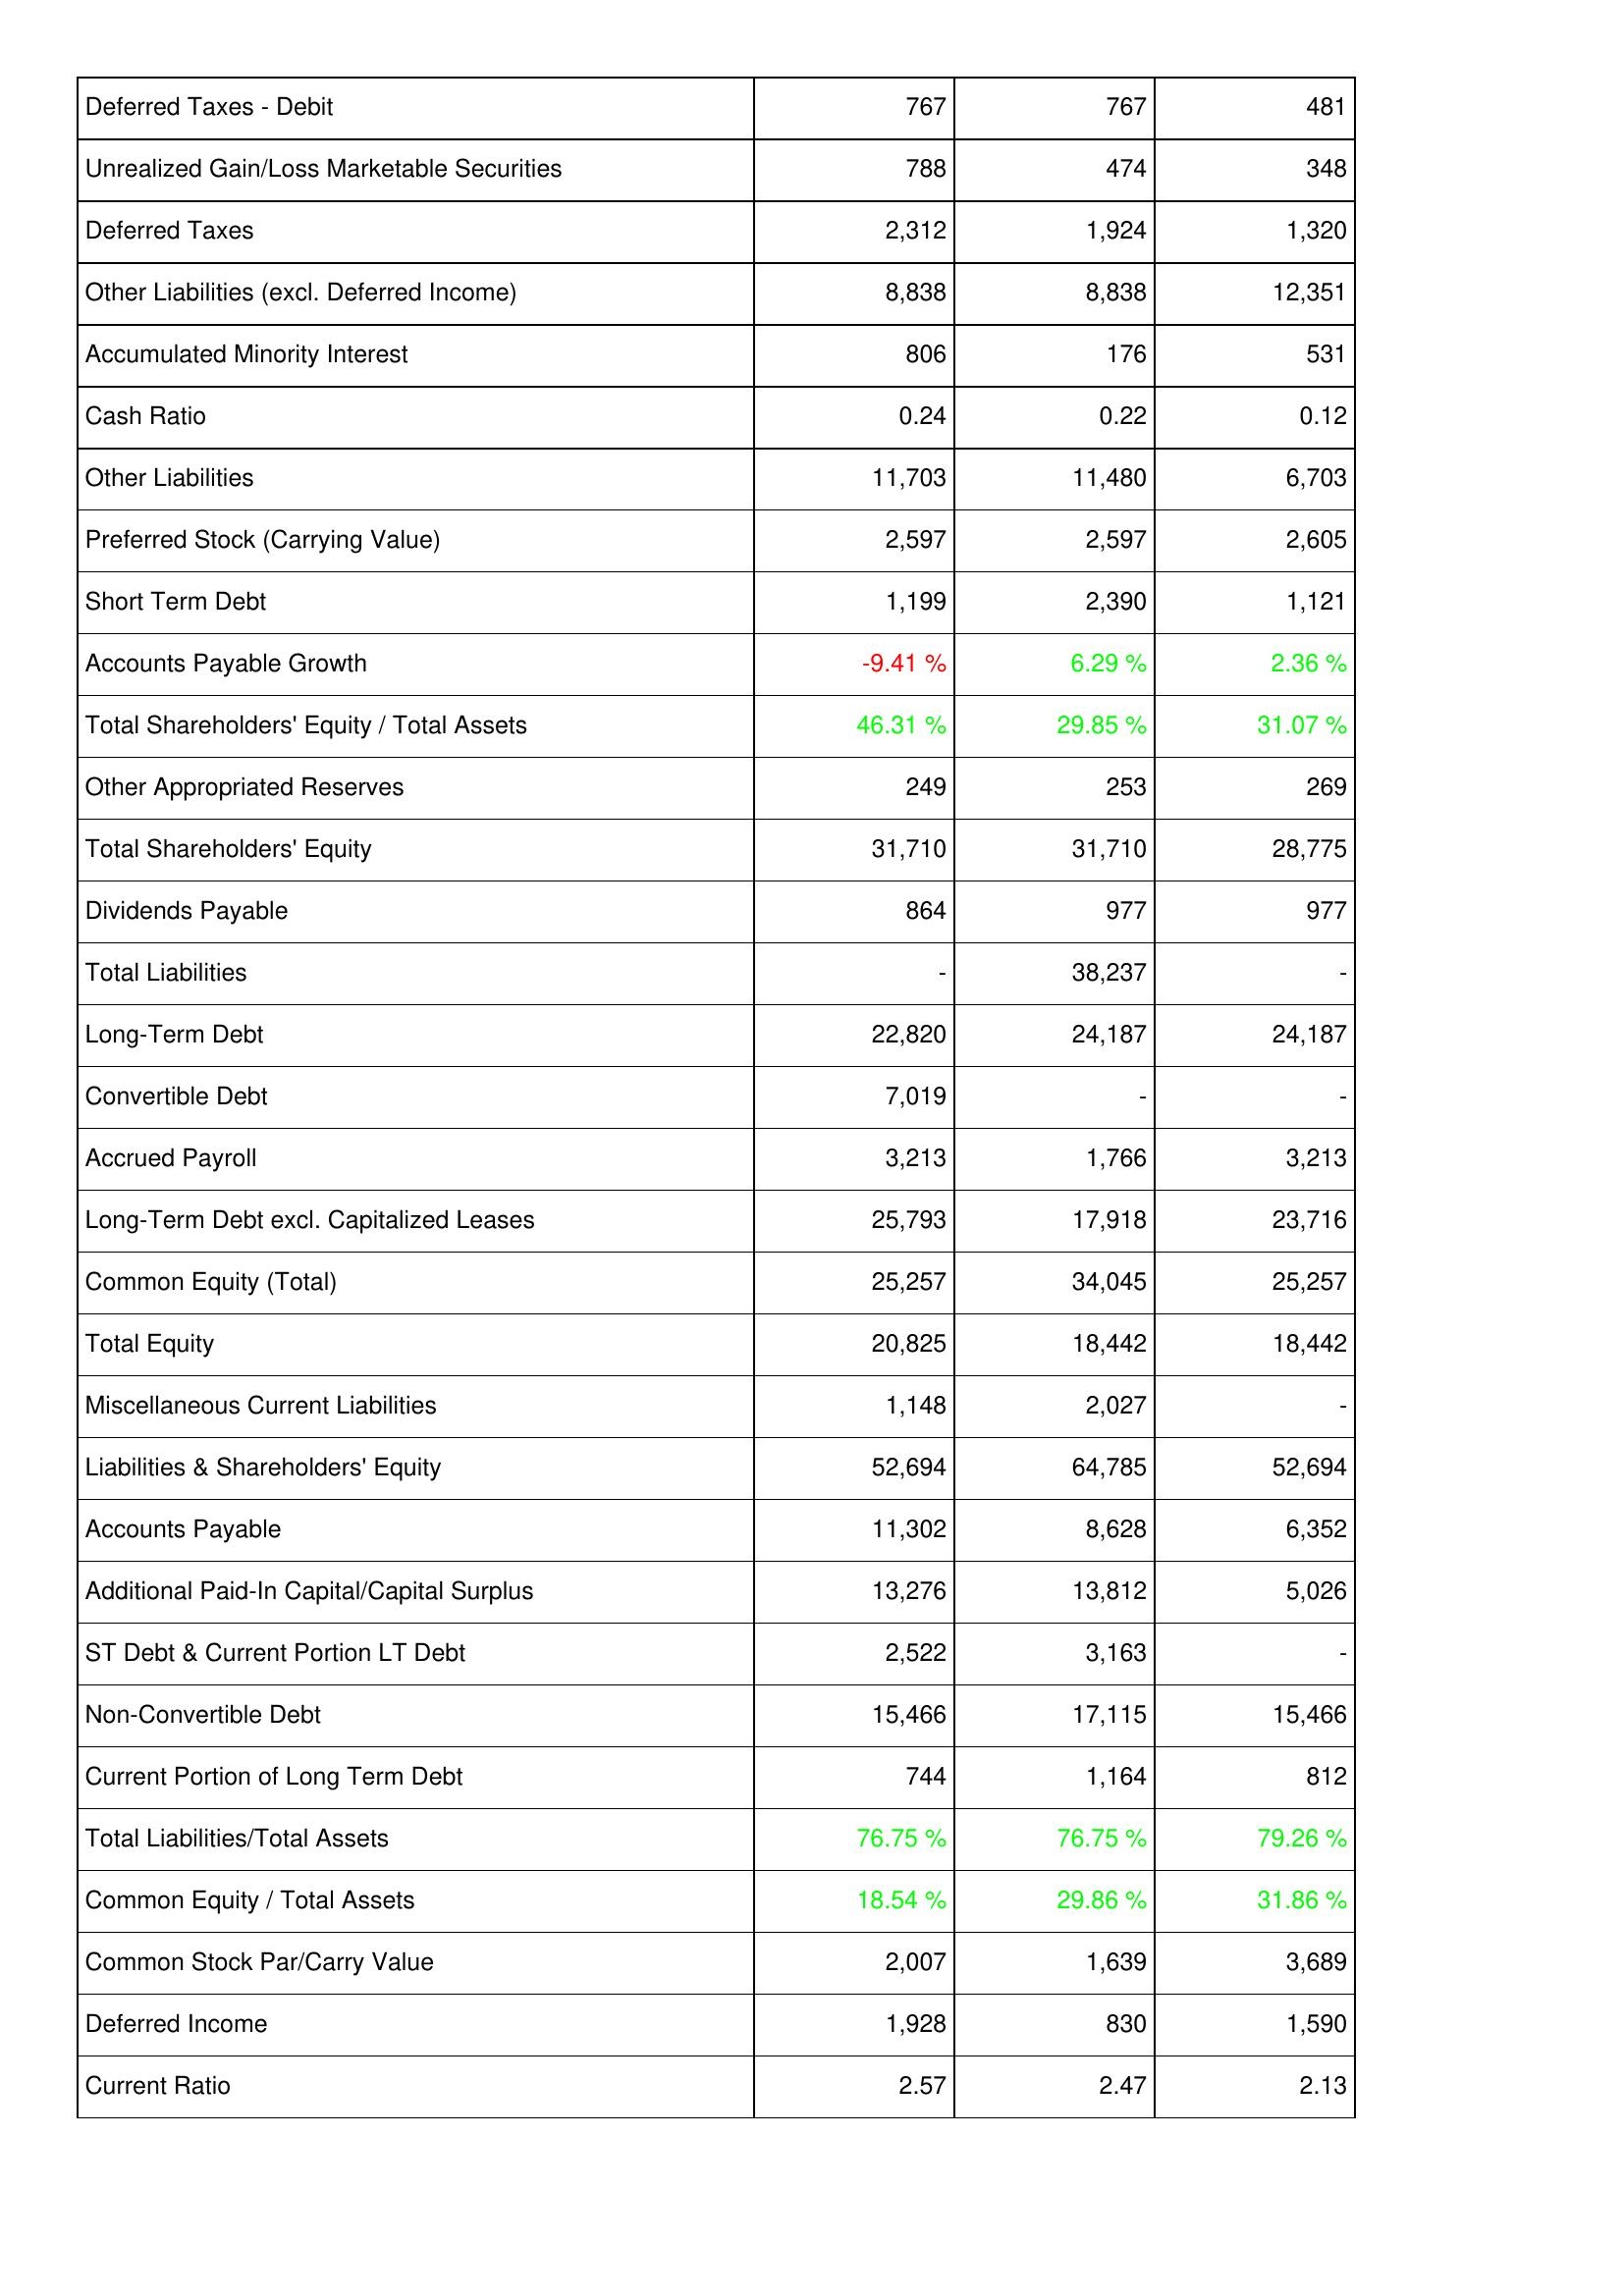
2016: Liabilities & Shareholders' Equity: Deferred Taxes - Debit: 767
Unrealized Gain/Loss Marketable Securities: 788
Deferred Taxes: 2,312
Other Liabilities (excl. Deferred Income): 8,838
Accumulated Minority Interest: 806
Cash Ratio: 0.24
Other Liabilities: 11,703
Preferred Stock (Carrying Value): 2,597
Short Term Debt: 1,199
Accounts Payable Growth: -9.41 %
Total Shareholders' Equity / Total Assets: 46.31 %
Other Appropriated Reserves: 249
Total Shareholders' Equity: 31,710
Dividends Payable: 864
Total Liabilities: -
Long-Term Debt: 22,820
Convertible Debt: 7,019
Accrued Payroll: 3,213
Long-Term Debt excl. Capitalized Leases: 25,793
Common Equity (Total): 25,257
Total Equity: 20,825
Miscellaneous Current Liabilities: 1,148
Liabilities & Shareholders' Equity: 52,694
Accounts Payable: 11,302
Additional Paid-In Capital/Capital Surplus: 13,276
ST Debt & Current Portion LT Debt: 2,522
Non-Convertible Debt: 15,466
Current Portion of Long Term Debt: 744
Total Liabilities/Total Assets: 76.75 %
Common Equity / Total Assets: 18.54 %
Common Stock Par/Carry Value: 2,007
Deferred Income: 1,928
Current Ratio: 2.57
2017: Liabilities & Shareholders' Equity: Deferred Taxes - Debit: 767
Unrealized Gain/Loss Marketable Securities: 474
Deferred Taxes: 1,924
Other Liabilities (excl. Deferred Income): 8,838
Accumulated Minority Interest: 176
Cash Ratio: 0.22
Other Liabilities: 11,480
Preferred Stock (Carrying Value): 2,597
Short Term Debt: 2,390
Accounts Payable Growth: 6.29 %
Total Shareholders' Equity / Total Assets: 29.85 %
Other Appropriated Reserves: 253
Total Shareholders' Equity: 31,710
Dividends Payable: 977
Total Liabilities: 38,237
Long-Term Debt: 24,187
Convertible Debt: -
Accrued Payroll: 1,766
Long-Term Debt excl. Capitalized Leases: 17,918
Common Equity (Total): 34,045
Total Equity: 18,442
Miscellaneous Current Liabilities: 2,027
Liabilities & Shareholders' Equity: 64,785
Accounts Payable: 8,628
Additional Paid-In Capital/Capital Surplus: 13,812
ST Debt & Current Portion LT Debt: 3,163
Non-Convertible Debt: 17,115
Current Portion of Long Term Debt: 1,164
Total Liabilities/Total Assets: 76.75 %
Common Equity / Total Assets: 29.86 %
Common Stock Par/Carry Value: 1,639
Deferred Income: 830
Current Ratio: 2.47
2018: Liabilities & Shareholders' Equity: Deferred Taxes - Debit: 481
Unrealized Gain/Loss Marketable Securities: 348
Deferred Taxes: 1,320
Other Liabilities (excl. Deferred Income): 12,351
Accumulated Minority Interest: 531
Cash Ratio: 0.12
Other Liabilities: 6,703
Preferred Stock (Carrying Value): 2,605
Short Term Debt: 1,121
Accounts Payable Growth: 2.36 %
Total Shareholders' Equity / Total Assets: 31.07 %
Other Appropriated Reserves: 269
Total Shareholders' Equity: 28,775
Dividends Payable: 977
Total Liabilities: -
Long-Term Debt: 24,187
Convertible Debt: -
Accrued Payroll: 3,213
Long-Term Debt excl. Capitalized Leases: 23,716
Common Equity (Total): 25,257
Total Equity: 18,442
Miscellaneous Current Liabilities: -
Liabilities & Shareholders' Equity: 52,694
Accounts Payable: 6,352
Additional Paid-In Capital/Capital Surplus: 5,026
ST Debt & Current Portion LT Debt: -
Non-Convertible Debt: 15,466
Current Portion of Long Term Debt: 812
Total Liabilities/Total Assets: 79.26 %
Common Equity / Total Assets: 31.86 %
Common Stock Par/Carry Value: 3,689
Deferred Income: 1,590
Current Ratio: 2.13